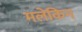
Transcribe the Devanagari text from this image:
मलेकिन